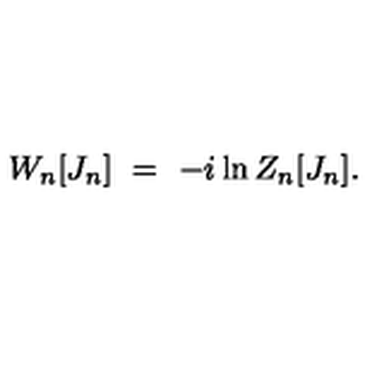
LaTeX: W _ { n } [ J _ { n } ] \ = \ - i \ln Z _ { n } [ J _ { n } ] . \,